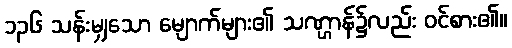
၁၃၆ သန်းမျှသော မျောက်များ၏ သဏ္ဌာန်၌လည်း ဝင်စား၏။